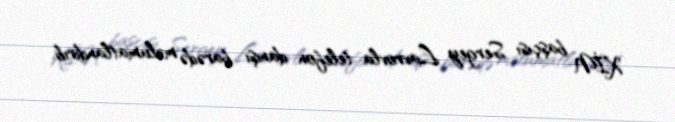
XİN başçısı Sergey Lavrovla telefon danışı barədə məlumatlandırıb.